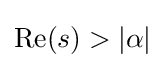
\operatorname {Re} (s)>\left|\alpha \right|